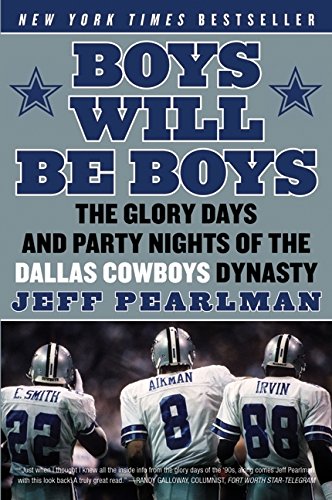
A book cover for Boys Will Be Boys: The Glory Days and Party Nights of the Dallas Cowboys Dynasty; Jeff Pearlman; Biographies & Memoirs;